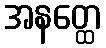
အနတ္ထေ